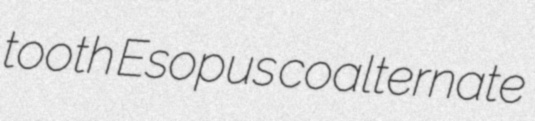
tooth Esopus coalternate